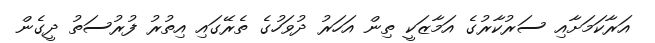
އަރާކަމަށާއި ސަރުކާރުގެ އަމާޒަކީ ތިން އަހަރު ދުވަހުގެ ތެރޭގައި އިތުރު ފުރުސަތު ދީގެން